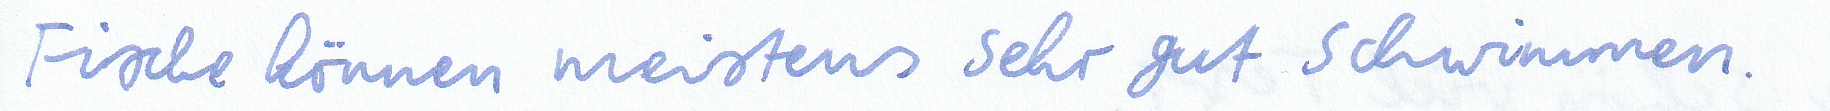
Fische können meistens sehr gut schwimmen.